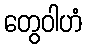
တွေဝါဟံ